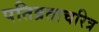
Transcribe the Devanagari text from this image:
पतिव्रताचरित्र